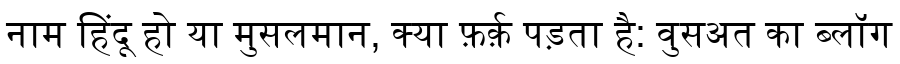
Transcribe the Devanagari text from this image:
नाम हिंदू हो या मुसलमान, क्या फ़र्क़ पड़ता है: वुसअत का ब्लॉग